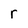
Character: r